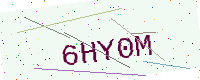
Text: 6HY0M